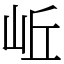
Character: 岴